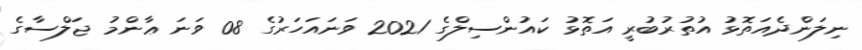
ނިލަންދެއަތޮޅު އުތުރުބުރީ އަތޮޅު ކައުންސިލްގެ 2021 ވަނައަހަރުގެ 08 ވަނަ ޢާންމު ޖަލްސާގެ